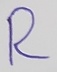
Text: R